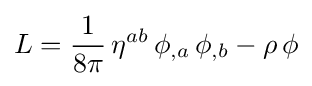
L={\frac {1}{8\pi }}\,\eta ^{ab}\,\phi _{,a}\,\phi _{,b}-\rho \,\phi